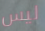
ليس